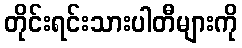
တိုင်းရင်းသားပါတီများကို